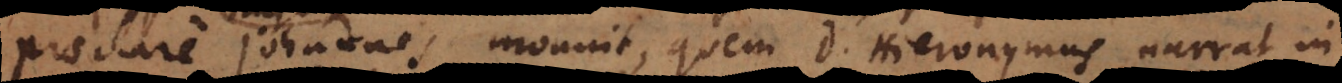
praeclare Johannes monuit, quem D. Hieronymus narrat